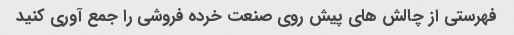
فهرستی از چالش های پیش روی صنعت خرده فروشی را جمع آوری کنید